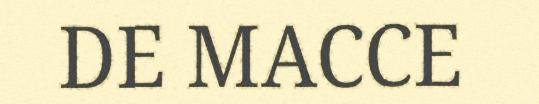
DE MACCE